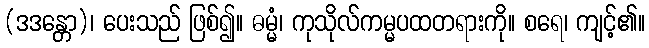
(ဒဒန္တော)၊ ပေးသည် ဖြစ်၍။ ဓမ္မံ၊ ကုသိုလ်ကမ္မပထတရားကို။ စရေ၊ ကျင့်၏။